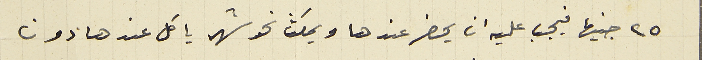
٢٥ جنيها فيجب عليه ان يحضر عندها ويمكث نحو شهر ياكل عندها دون